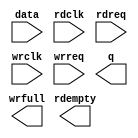
// megafunction wizard: %FIFO%VBB%
// GENERATION: STANDARD
// VERSION: WM1.0
// MODULE: dcfifo_mixed_widths 

// ============================================================
// Megafunction Name(s):
// 			dcfifo_mixed_widths
//
// Simulation Library Files(s):
// 			altera_mf
// ============================================================
// ************************************************************
// THIS IS A WIZARD-GENERATED FILE. DO NOT EDIT THIS FILE!
//
// 14.0.0 Build 200 06/17/2014 SJ Full Version
// ************************************************************

//Copyright (C) 1991-2014 Altera Corporation. All rights reserved.
//Your use of Altera Corporation's design tools, logic functions 
//and other software and tools, and its AMPP partner logic 
//functions, and any output files from any of the foregoing 
//(including device programming or simulation files), and any 
//associated documentation or information are expressly subject 
//to the terms and conditions of the Altera Program License 
//Subscription Agreement, the Altera Quartus II License Agreement,
//the Altera MegaCore Function License Agreement, or other 
//applicable license agreement, including, without limitation, 
//that your use is for the sole purpose of programming logic 
//devices manufactured by Altera and sold by Altera or its 
//authorized distributors.  Please refer to the applicable 
//agreement for further details.

module fifo (
	data,
	rdclk,
	rdreq,
	wrclk,
	wrreq,
	q,
	rdempty,
	wrfull);

	input	[63:0]  data;
	input	  rdclk;
	input	  rdreq;
	input	  wrclk;
	input	  wrreq;
	output	[15:0]  q;
	output	  rdempty;
	output	  wrfull;

endmodule

// ============================================================
// CNX file retrieval info
// ============================================================
// Retrieval info: PRIVATE: AlmostEmpty NUMERIC "0"
// Retrieval info: PRIVATE: AlmostEmptyThr NUMERIC "-1"
// Retrieval info: PRIVATE: AlmostFull NUMERIC "0"
// Retrieval info: PRIVATE: AlmostFullThr NUMERIC "-1"
// Retrieval info: PRIVATE: CLOCKS_ARE_SYNCHRONIZED NUMERIC "0"
// Retrieval info: PRIVATE: Clock NUMERIC "4"
// Retrieval info: PRIVATE: Depth NUMERIC "65536"
// Retrieval info: PRIVATE: Empty NUMERIC "1"
// Retrieval info: PRIVATE: Full NUMERIC "1"
// Retrieval info: PRIVATE: INTENDED_DEVICE_FAMILY STRING "Cyclone IV GX"
// Retrieval info: PRIVATE: LE_BasedFIFO NUMERIC "0"
// Retrieval info: PRIVATE: LegacyRREQ NUMERIC "1"
// Retrieval info: PRIVATE: MAX_DEPTH_BY_9 NUMERIC "0"
// Retrieval info: PRIVATE: OVERFLOW_CHECKING NUMERIC "0"
// Retrieval info: PRIVATE: Optimize NUMERIC "2"
// Retrieval info: PRIVATE: RAM_BLOCK_TYPE NUMERIC "0"
// Retrieval info: PRIVATE: SYNTH_WRAPPER_GEN_POSTFIX STRING "1"
// Retrieval info: PRIVATE: UNDERFLOW_CHECKING NUMERIC "0"
// Retrieval info: PRIVATE: UsedW NUMERIC "1"
// Retrieval info: PRIVATE: Width NUMERIC "64"
// Retrieval info: PRIVATE: dc_aclr NUMERIC "0"
// Retrieval info: PRIVATE: diff_widths NUMERIC "1"
// Retrieval info: PRIVATE: msb_usedw NUMERIC "0"
// Retrieval info: PRIVATE: output_width NUMERIC "16"
// Retrieval info: PRIVATE: rsEmpty NUMERIC "1"
// Retrieval info: PRIVATE: rsFull NUMERIC "0"
// Retrieval info: PRIVATE: rsUsedW NUMERIC "0"
// Retrieval info: PRIVATE: sc_aclr NUMERIC "0"
// Retrieval info: PRIVATE: sc_sclr NUMERIC "0"
// Retrieval info: PRIVATE: wsEmpty NUMERIC "0"
// Retrieval info: PRIVATE: wsFull NUMERIC "1"
// Retrieval info: PRIVATE: wsUsedW NUMERIC "0"
// Retrieval info: LIBRARY: altera_mf altera_mf.altera_mf_components.all
// Retrieval info: CONSTANT: INTENDED_DEVICE_FAMILY STRING "Cyclone IV GX"
// Retrieval info: CONSTANT: LPM_NUMWORDS NUMERIC "65536"
// Retrieval info: CONSTANT: LPM_SHOWAHEAD STRING "OFF"
// Retrieval info: CONSTANT: LPM_TYPE STRING "dcfifo_mixed_widths"
// Retrieval info: CONSTANT: LPM_WIDTH NUMERIC "64"
// Retrieval info: CONSTANT: LPM_WIDTHU NUMERIC "16"
// Retrieval info: CONSTANT: LPM_WIDTHU_R NUMERIC "18"
// Retrieval info: CONSTANT: LPM_WIDTH_R NUMERIC "16"
// Retrieval info: CONSTANT: OVERFLOW_CHECKING STRING "ON"
// Retrieval info: CONSTANT: RDSYNC_DELAYPIPE NUMERIC "4"
// Retrieval info: CONSTANT: UNDERFLOW_CHECKING STRING "ON"
// Retrieval info: CONSTANT: USE_EAB STRING "ON"
// Retrieval info: CONSTANT: WRSYNC_DELAYPIPE NUMERIC "4"
// Retrieval info: USED_PORT: data 0 0 64 0 INPUT NODEFVAL "data[63..0]"
// Retrieval info: USED_PORT: q 0 0 16 0 OUTPUT NODEFVAL "q[15..0]"
// Retrieval info: USED_PORT: rdclk 0 0 0 0 INPUT NODEFVAL "rdclk"
// Retrieval info: USED_PORT: rdempty 0 0 0 0 OUTPUT NODEFVAL "rdempty"
// Retrieval info: USED_PORT: rdreq 0 0 0 0 INPUT NODEFVAL "rdreq"
// Retrieval info: USED_PORT: wrclk 0 0 0 0 INPUT NODEFVAL "wrclk"
// Retrieval info: USED_PORT: wrfull 0 0 0 0 OUTPUT NODEFVAL "wrfull"
// Retrieval info: USED_PORT: wrreq 0 0 0 0 INPUT NODEFVAL "wrreq"
// Retrieval info: CONNECT: @data 0 0 64 0 data 0 0 64 0
// Retrieval info: CONNECT: @rdclk 0 0 0 0 rdclk 0 0 0 0
// Retrieval info: CONNECT: @rdreq 0 0 0 0 rdreq 0 0 0 0
// Retrieval info: CONNECT: @wrclk 0 0 0 0 wrclk 0 0 0 0
// Retrieval info: CONNECT: @wrreq 0 0 0 0 wrreq 0 0 0 0
// Retrieval info: CONNECT: q 0 0 16 0 @q 0 0 16 0
// Retrieval info: CONNECT: rdempty 0 0 0 0 @rdempty 0 0 0 0
// Retrieval info: CONNECT: wrfull 0 0 0 0 @wrfull 0 0 0 0
// Retrieval info: GEN_FILE: TYPE_NORMAL fifo.v TRUE
// Retrieval info: GEN_FILE: TYPE_NORMAL fifo.inc FALSE
// Retrieval info: GEN_FILE: TYPE_NORMAL fifo.cmp FALSE
// Retrieval info: GEN_FILE: TYPE_NORMAL fifo.bsf FALSE
// Retrieval info: GEN_FILE: TYPE_NORMAL fifo_inst.v TRUE
// Retrieval info: GEN_FILE: TYPE_NORMAL fifo_bb.v TRUE
// Retrieval info: GEN_FILE: TYPE_NORMAL fifo_syn.v TRUE
// Retrieval info: LIB_FILE: altera_mf